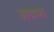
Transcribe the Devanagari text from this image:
अवष्य